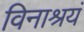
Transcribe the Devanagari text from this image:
विनाश्रयं